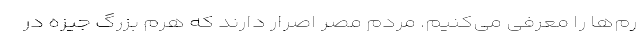
رم‌‌ها را معرفی می‌کنیم. مردم مصر اصرار دارند که هرم بزرگ جیزه در